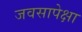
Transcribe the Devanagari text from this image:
जवसापेक्षा